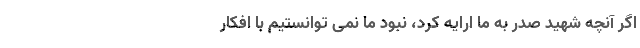
اگر آنچه شهید صدر به ما ارایه کرد، نبود ما نمی توانستیم با افکار